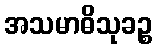
အသမာဓိသုခဉ္စ